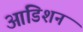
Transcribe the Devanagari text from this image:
आडिशन